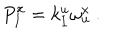
{ P } _ { I } ^ { x } = k _ { I } ^ { u } \omega _ { u } ^ { x } \ .